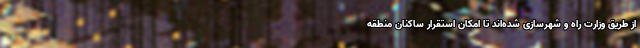
از طریق وزارت راه و شهرسازی شده‌اند تا امکان استقرار ساکنان منطقه